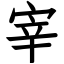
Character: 宰